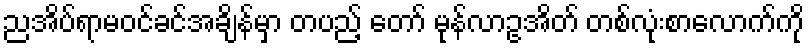
ညအိပ်ရာမဝင်ခင်အချိန်မှာ တပည့် တော် မုန်လာဥအိတ် တစ်လုံးစာလောက်ကို